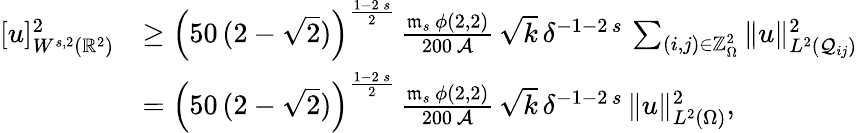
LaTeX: \begin{array}{rl}{[u]_{W^{s,2}(\mathbb{R}^{2})}^{2}}&{\ge\left(50\, (2-\sqrt{2})\right)^{\frac{1-2\, s}{2}}\, \frac{\mathfrak{m}_{s}\, \phi(2,2)}{200\, \mathcal{A}}\, \sqrt{k}\, \delta^{-1-2\, s}\, \sum_{(i,j)\in\mathbb{Z}_{\Omega}^{2}}\| u\| _{L^{2}(\mathcal{Q}_{ij})}^{2}}\\ &{=\left(50\, (2-\sqrt{2})\right)^{\frac{1-2\, s}{2}}\, \frac{\mathfrak{m}_{s}\, \phi(2,2)}{200\, \mathcal{A}}\, \sqrt{k}\, \delta^{-1-2\, s}\, \| u\| _{L^{2}(\Omega)}^{2},}\end{array}